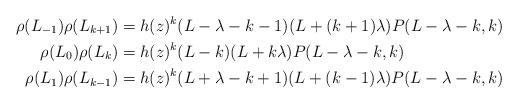
LaTeX: \begin{align*}\begin{aligned}\rho(L_{-1})\rho(L_{k+1}) & = h(z)^k (L-\lambda-k-1)(L+(k+1)\lambda) P(L-\lambda-k,k) \\\rho(L_{0})\rho(L_{k}) & = h(z)^k (L-k) (L+k\lambda ) P(L-\lambda-k,k) \\\rho(L_{1})\rho(L_{k-1}) & = h(z)^k (L+\lambda-k+1) (L+(k-1)\lambda) P(L-\lambda-k,k) \end{aligned}\end{align*}